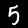
Digit: 5